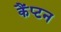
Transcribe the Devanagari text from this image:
कैंप्टन